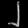
Digit: ၂